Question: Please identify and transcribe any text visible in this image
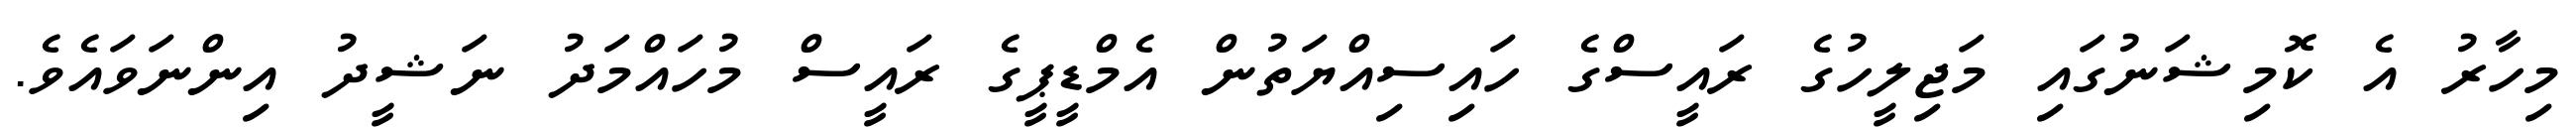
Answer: މިހާރު އެ ކޮމިޝަނުގައި މަޖިލީހުގެ ރައީސްގެ ހައިސިއްޔަތުން އެމްޑީޕީގެ ރައީސް މުހައްމަދު ނަޝީދު އިންނަވައެވެ.